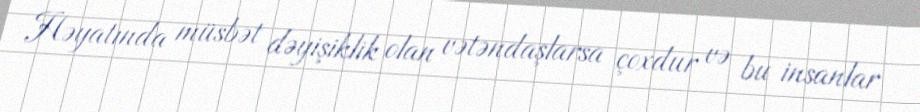
Həyatında müsbət dəyişiklik olan vətəndaşlarsa çoxdur və bu insanlar